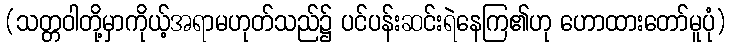
(သတ္တဝါတို့မှာကိုယ့်အရာမဟုတ်သည်၌ ပင်ပန်းဆင်းရဲနေကြ၏ဟု ဟောထားတော်မူပုံ)